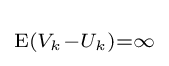
\scriptstyle \mathrm {E} (V_{k}-U_{k})=\infty